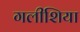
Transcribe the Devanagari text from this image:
गलीशिया